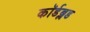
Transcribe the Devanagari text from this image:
कॉर्डब्लड